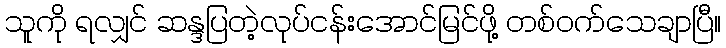
သူကို ရလျှင် ဆန္ဒပြတဲ့လုပ်ငန်းအောင်မြင်ဖို့ တစ်ဝက်သေချာပြီ။